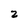
Character: 2